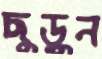
ছুড়ুন